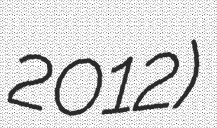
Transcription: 2012)